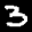
Label: 3